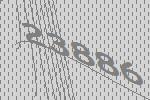
23886